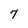
Character: 7